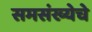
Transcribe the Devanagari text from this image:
समसंख्येचे